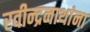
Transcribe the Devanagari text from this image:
रवीन्द्रनाथांना